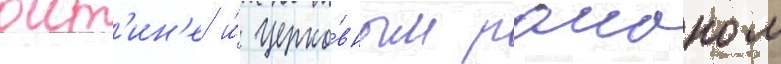
оит'ин'е и́ церко́вным раионом